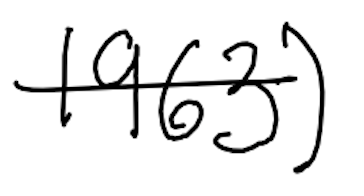
Text: 1963)
Cross-out: single-line
Writing tool: digital_black